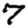
Digit: 7